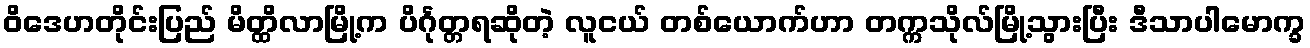
ဝိဒေဟတိုင်းပြည် မိတ္ထိလာမြို့က ပိင်္ဂုတ္တရဆိုတဲ့ လူငယ် တစ်ယောက်ဟာ တက္ကသိုလ်မြို့သွားပြီး ဒီသာပါမောက္ခ